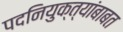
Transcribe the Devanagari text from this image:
पदनियुक्त्यांबाबत